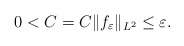
\begin{align*}0 < C = C\|f_{\varepsilon}\|_{L^2} \leq \varepsilon. \end{align*}